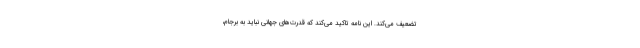
تضعیف می‌کند. این نامه تاکید می‌کند که قدرت‌های جهانی نباید به برجام،